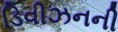
ડિવીઝનની